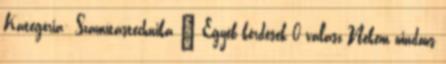
Kategória: Számítástechnika » Egyéb kérdések 0 válasz Nekem windows